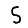
Digit: 5